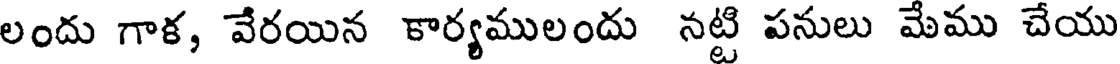
లందు గాక, వేరయిన కార్యములందు నట్టి పనులు మేము చేయు